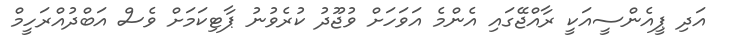
އަދި ޕީއެންސީއަކީ ރާއްޖޭގައި އެންމެ އަވަހަށް ވުޖޫދު ކުރެވުނު ޕާޓިކަމަށް ވެސް އަބްދުއްރަހީމް